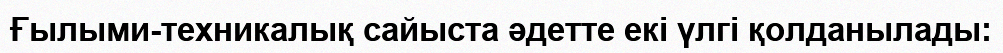
Ғылыми-техникалық сайыста әдетте екі үлгі қолданылады: